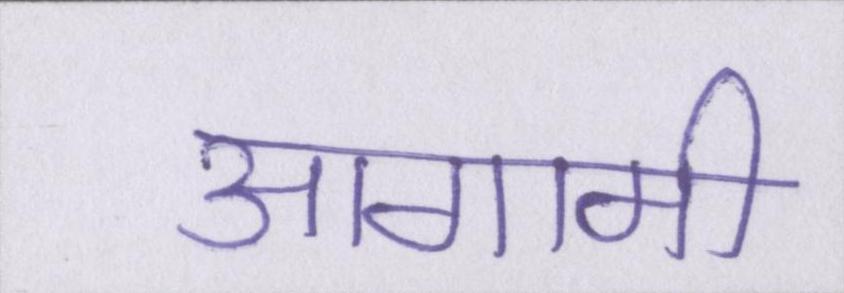
आगामी